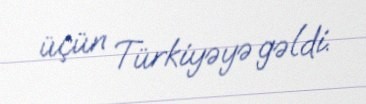
üçün Türkiyəyə gəldi.